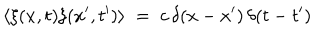
\langle \xi ( x , t ) \xi ( x ^ { \prime } , t ^ { \prime } ) \rangle \; = \; c \, \delta ( x - x ^ { \prime } ) \, \delta ( t - t ^ { \prime } )